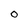
Character: O